[Report on the health of British troops in the Madras command]
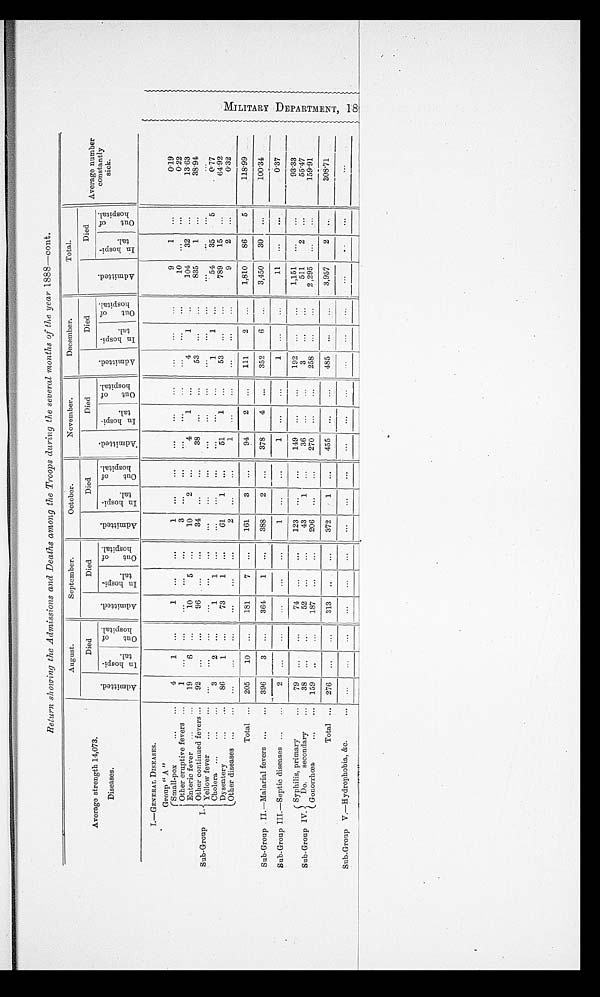
Return showing the Admissions and Deaths among the Troops during the several months of the year 1888—cont.
Average strength 14,073.
Diseases.
August.
September.
October.
November.
December.
Total.
Average number
constantly
sick.
A d m i t t e d .
Died
A d m i t t e d .
Died
A d m i t t e d .
Died
A d m i t t e d .
Died
A d m i t t e d .
Died
A d m i t t e d .
Died
I n h o s p i - t a l . O u t o f h o s p i t a l .
I n h o s p i - t a l . O u t o f h o s p i t a l .
I n h o s p i - t a l . O u t o f h o s p i t a l .
I n h o s p i - t a l . O u t o f h o s p i t a l .
I n h o s p i - t a l .
O u t o f h o s p i t a l .
I n h o s p i - t a l . O u t o f h o s p i t a l .
I.—GENERAL DISEASES.
Sub-Group I.
Group " A "
Small-pox
4
1
. . .
1
. . .
. . .
1
. . .
. . . . . .
. . .
. . .
. . .
. . .
. . .
9
1
. . .
0.19
Other eruptive fevers
1 ... ... ... ... ...
3
... ... ... ... ... ... ... ...
10
... ...
0.22
Enteric fever
19
6
...
10
5
...
10
2
...
4
1
...
4
1
...
104 32
...
13.63
Other continued fevers
92
... ...
96
... ...
34
... ...
38
... ...
53
... ...
835
1
...
38.94
Yellow fever
... ... ... ... ... ... ... ... ... ... ... ... ... ... ... ... ... ... ...
Cholera
3
2
...
1
1
... ... ... ... ... ... ...
1
1
...
54 35
5
0.77
Dysentery
86
1
...
73
1
...
61
1
...
51
1
...
5 3
... ...
789 15
...
64.92
Other diseases
... ... ... ... ... ...
2
... ...
1
... ... ... ... ...
9
2
...
0.32
Total
205 10
...
181
7
...
161
3
...
94
2
...
1 1 1 2
...
1,810 86
5
118.99
Sub-Group II.—Malarial fevers 396
3
...
364
1
...
388
2
...
378
4
...
352
6
...
3,450 30
...
100.34
Sub-Group III.—Septic diseases
2
... ... ... ... ...
1
... ...
1
... ...
1
... ...
11
... ...
0.37
Sub-Group IV.
Syphilis, primary
79
... ...
7 4
... ...
1 2 3
... ...
149
... ...
192
... ...
1 , 1 5 1
... ...
93.33
Do. secondary 38
... ...
5 2
... ...
43
1
...
36
... ...
3
... ...
511
2
...
55.47
Gonorrhœa
159
. . .
. . .
1 8 7 . . .
. . . 206
. . .
. . . 270
. . .
. . .
2 5 8 . . .
. . .
2 , 2 9 5
. . .
. . .
159.91
Total
276
. . .
. . . 313
. . .
. . . 372
1 . . . 455
. . .
. . . 485
. . .
. . .
3 , 9 5 7 2
. . .
308.71
Sub-Group V.—Hydrophobia, &c.
. . .
. . . . . .
. . .
. . .
. . .
. . .
. . .
. . . . . .
. . .
. . .
. . .
. . .
. . .
. . .
. . . . . .
...